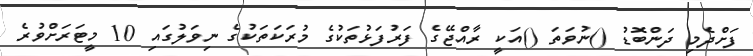
ފަށްދެމި ދަންބޮޑު ()ނުވަތަ ()އަކީ ރާއްޖޭގެ ފަރުފަޅުތަކުގެ މުރަކަތަކުގެ ނިވަލުގައި 10 މީޓަރަށްވުރެ